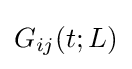
G_{ij}(t;L)